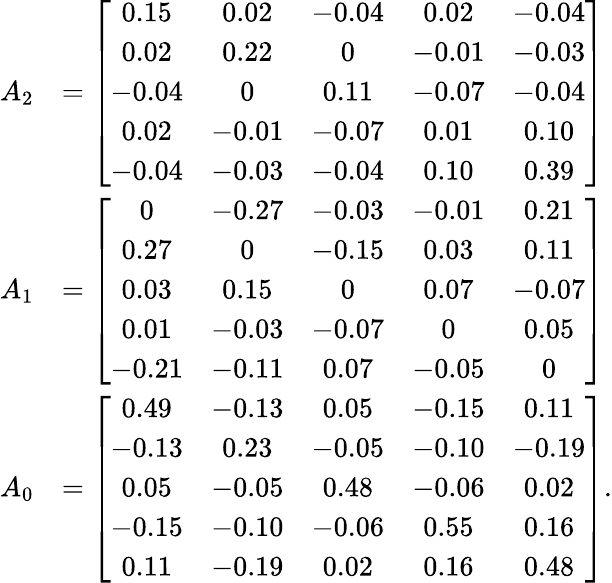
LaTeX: \begin{array}{rl}{A_{2}}&{=\left[\begin{array}{ccccc}{0.15}&{0.02}&{-0.04}&{0.02}&{-0.04}\\ {0.02}&{0.22}&{0}&{-0.01}&{-0.03}\\ {-0.04}&{0}&{0.11}&{-0.07}&{-0.04}\\ {0.02}&{-0.01}&{-0.07}&{0.01}&{0.10}\\ {-0.04}&{-0.03}&{-0.04}&{0.10}&{0.39}\end{array}\right]}\\ {A_{1}}&{=\left[\begin{array}{ccccc}{0}&{-0.27}&{-0.03}&{-0.01}&{0.21}\\ {0.27}&{0}&{-0.15}&{0.03}&{0.11}\\ {0.03}&{0.15}&{0}&{0.07}&{-0.07}\\ {0.01}&{-0.03}&{-0.07}&{0}&{0.05}\\ {-0.21}&{-0.11}&{0.07}&{-0.05}&{0}\end{array}\right]}\\ {A_{0}}&{=\left[\begin{array}{ccccc}{0.49}&{-0.13}&{0.05}&{-0.15}&{0.11}\\ {-0.13}&{0.23}&{-0.05}&{-0.10}&{-0.19}\\ {0.05}&{-0.05}&{0.48}&{-0.06}&{0.02}\\ {-0.15}&{-0.10}&{-0.06}&{0.55}&{0.16}\\ {0.11}&{-0.19}&{0.02}&{0.16}&{0.48}\end{array}\right].}\end{array}